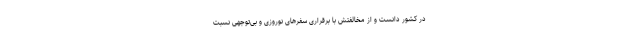
در کشور دانست و از مخالفتش با برقراری سفرهای نوروزی و بی‌توجهی نسبت